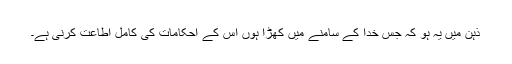
ذہن میں یہ ہو کہ جس خدا کے سامنے میں کھڑا ہوں اُس کے احکامات کی کامل اطاعت کرنی ہے۔